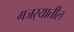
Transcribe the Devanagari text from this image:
गजर्‍यातील